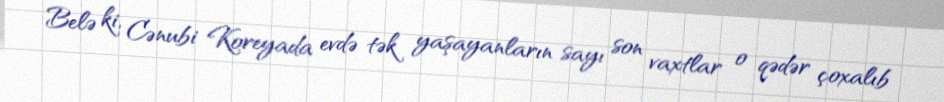
Belə ki, Cənubi Koreyada evdə tək yaşayanların sayı son vaxtlar o qədər çoxalıb